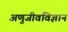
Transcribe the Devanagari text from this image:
अणुजीवविज्ञान